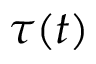
\tau ( t )